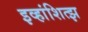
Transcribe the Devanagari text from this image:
इव्हांशित्झ